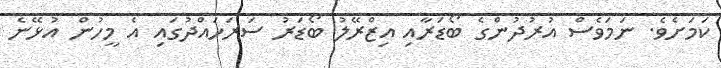
ކަމަށެވެ. ނަމަވެސް އުރުދުންގެ ބޯޑަރާއި އިޒްރޭލު ބޯޑަރު ސަރަހައްދުގައި އެ މީހުން އުޅޭނެ